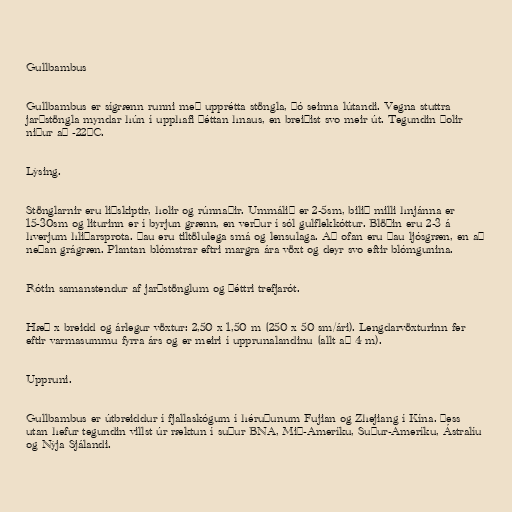
Gullbambus

Gullbambus er sígrænn runni með upprétta stöngla, þó seinna lútandi. Vegna stuttra
jarðstöngla myndar hún í upphafi þéttan hnaus, en breiðist svo meir út. Tegundin þolir
niður að -22°C.

Lýsing.

Stönglarnir eru liðskiptir, holir og rúnnaðir. Ummálið er 2-5sm, bilið milli hnjánna er
15-30sm og liturinn er í byrjun grænn, en verður í sól gulflekkóttur. Blöðin eru 2-3 á
hverjum hliðarsprota. Þau eru tiltölulega smá og lensulaga. Að ofan eru þau ljósgræn, en að
neðan grágræn. Plantan blómstrar eftri margra ára vöxt og deyr svo eftir blómgunina.

Rótin samanstendur af jarðstönglum og þéttri trefjarót.

Hæð x breidd og árlegur vöxtur: 2,50 x 1,50 m (250 x 50 sm/ári). Lengdarvöxturinn fer
eftir varmasummu fyrra árs og er meiri í upprunalandinu (allt að 4 m).

Uppruni.

Gullbambus er útbreiddur í fjallaskógum í héruðunum Fujian og Zhejiang í Kína. Þess
utan hefur tegundin villst úr ræktun í suður BNA, Mið-Ameríku, Suður-Ameríku, Ástralíu
og Nýja Sjálandi.